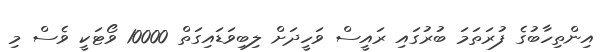
އިންތިހާބުގެ ފުރަތަމަ ބުރުގައި ރައީސް ވަހީދަށް ލިބިވަޑައިގަތް 10000 ވޯޓަކީ ވެސް މި